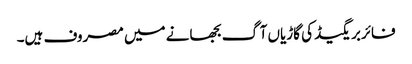
فائربریگیڈ کی گاڑیاں آگ بجھانے میں مصروف ہیں۔